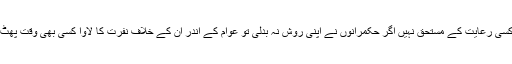
انہوں نے کہا کہ ظالمانہ اور استحصالی نظام مسلط کرنے والے کسی رعایت کے مستحق نہیں اگر حکمرانوں نے اپنی روش نہ بدلی تو عوام کے اندر ان کے خلاف نفرت کا لاوا کسی بھی وقت پھٹ پڑے گا اور قومی مجرموں کو پناہ کی کوئی جگہ نہیں ملے گی۔